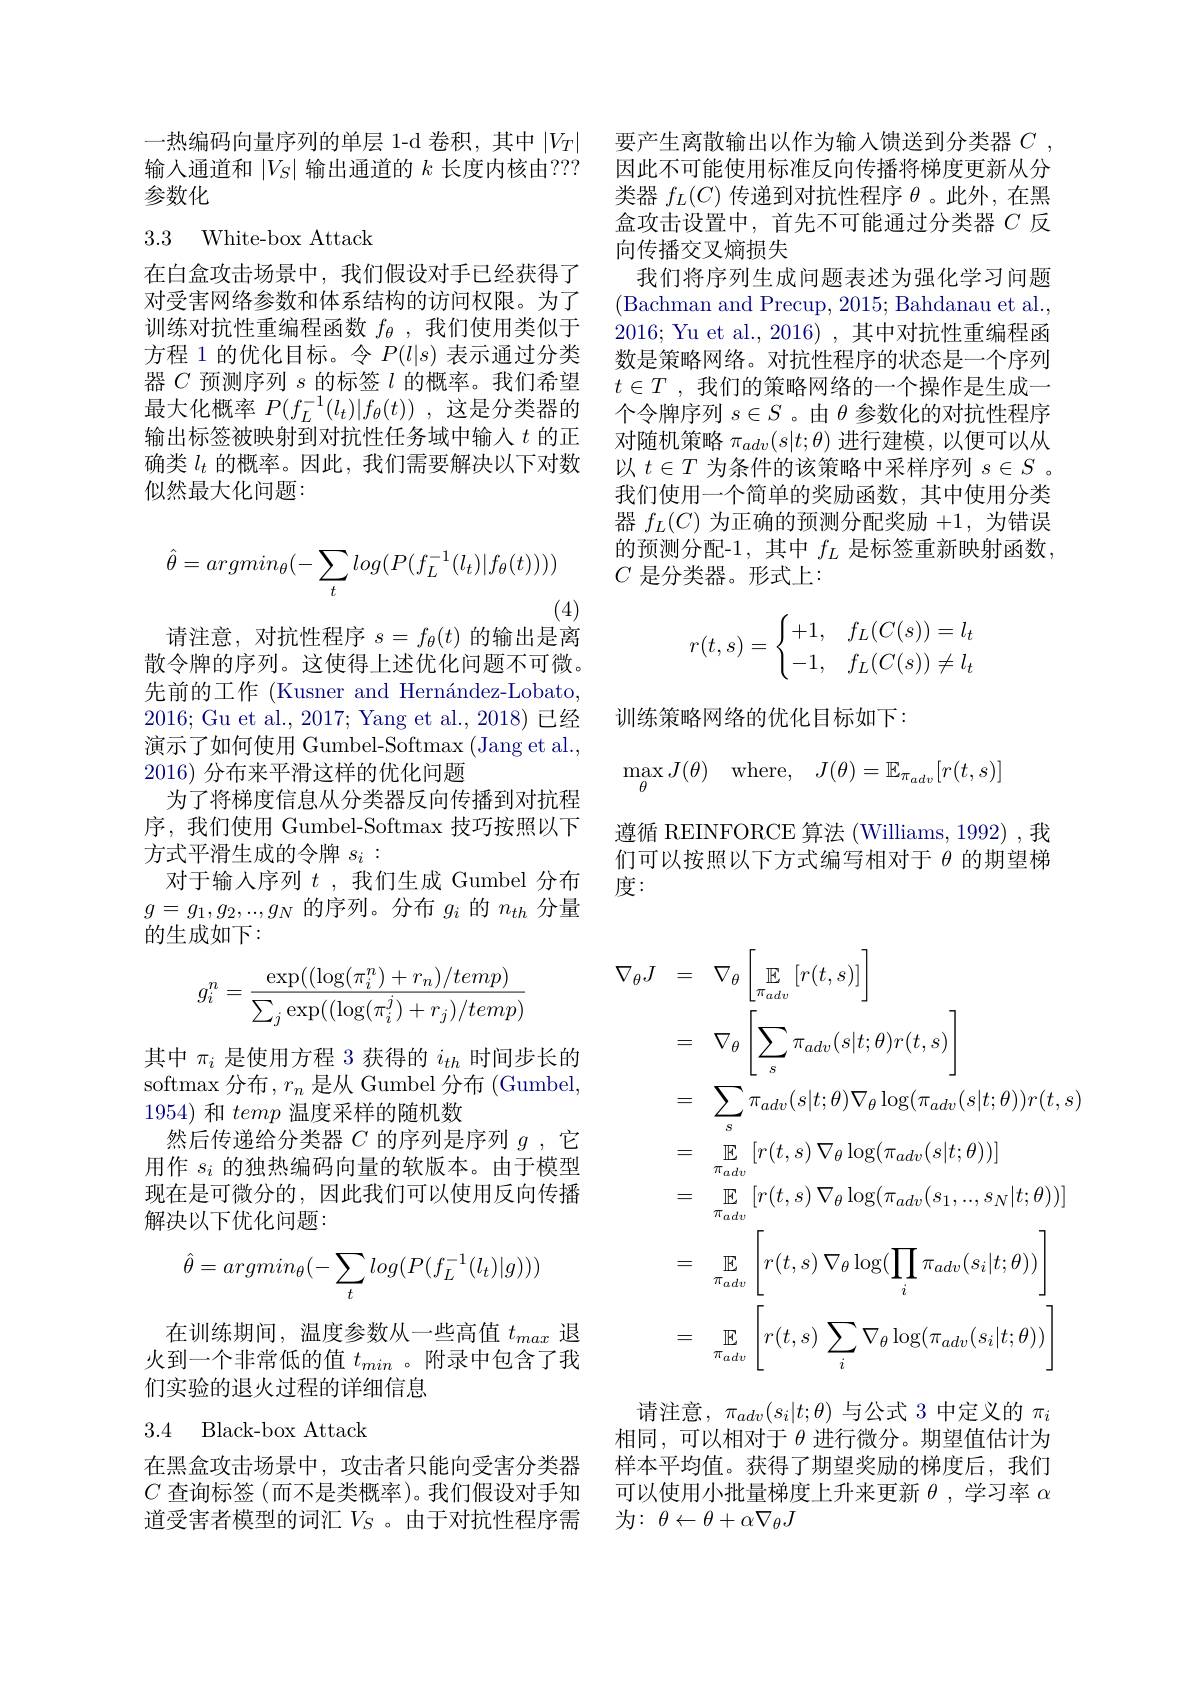
一热编码向量序列的单层 1-d 卷积，其中$|V_T|$ 输入通道和$|V_S|$输出通道的$k$长度内核由？?? 参数化

## 3.3 White-box Attack

在白盒攻击场景中，我们假设对手已经获得了对受害网络参数和体系结构的访问权限。为了训练对抗性重编程函数$f_\mathrm{\theta}$ ,我们使用类似于方程 1 的优化目标。令$P(l|s)$表示通过分类器$C$预测序列$s$的标签$l$的概率。我们希望最大化概率$P(f_L^{-1}(l_t)|f_\theta(t))$ ,这是分类器的输出标签被映射到对抗性任务域中输入$t$的正确类$l_t$的概率。因此，我们需要解决以下对数似然最大化问题：
$$\hat{\theta}=argmin_\theta(-\sum_tlog(P(f_L^{-1}(l_t)|f_\theta(t))))$$
(4)
请注意，对抗性程序$s=f_\theta(t)$的输出是离

散令牌的序列。这使得上述优化问题不可微。先前的工作 (Kusner and Hernández-Lobato. 2016;Gu et al., 2017; Yang et al., 2018)已经演示了如何使用 Gumbel-Softmax (Jang et al., 2016)分布来平滑这样的优化问题
为了将梯度信息从分类器反向传播到对抗程序，我们使用 Gumbel-Softmax 技巧按照以下方式平滑生成的令牌$s_i:$
对于输入序列$t$ ,我们生成 Gumbel 分布$g=g_1,g_2,..,g_N$的序列。分布$g_i$的$n_th$分量的生成如下：
$$g_i^n=\frac{\exp((\log(\pi_i^n)+r_n)/temp)}{\sum_j\exp((\log(\pi_i^j)+r_j)/temp)}$$
其中$\pi_i$是使用方程 3 获得的$i_th$时间步长的softmax 分布，$r_n$是从 Gumbel 分布 (Gumbel, 1954) 和temp温度采样的随机数
然后传递给分类器$C$的序列是序列$g$ ,它用作$s_i$的独热编码向量的软版本。由于模型现在是可微分的，因此我们可以使用反向传播解决以下优化问题：
$$\hat{\theta}=argmin_\theta(-\sum_tlog(P(f_L^{-1}(l_t)|g)))$$
在训练期间，温度参数从一些高值$t_{max}$退

火到一个非常低的值$t_{min}$ 。附录中包含了我
们实验的退火过程的详细信息

3.4 Black-box Attack

在黑盒攻击场景中，攻击者只能向受害分类器道受害者模型的词汇$V_S$ 。由于对抗性程序需

要产生离散输出以作为输入馈送到分类器$C$ , 因此不可能使用标准反向传播将梯度更新从分类器$f_L(C)$传递到对抗性程序$\theta$ 。此外，在黑盒攻击设置中，首先不可能通过分类器$C$反向传播交叉熵损失
我们将序列生成问题表述为强化学习问题(Bachman and Precup, 2015; Bahdanau et al., 2016; Yu et al., 2016) , 其中对抗性重编程函数是策略网络。对抗性程序的状态是一个序列$t\in T$ ,我们的策略网络的一个操作是生成一个令牌序列$s\in S$ 。由$\theta$参数化的对抗性程序对随机策略$\pi_{adv}(s|t;\theta)$进行建模，以便可以从以$t\in T$为条件的该策略中采样序列$s\in S$ 。我们使用一个简单的奖励函数，其中使用分类器$f_L(C)$为正确的预测分配奖励+1,为错误的预测分配-1,其中$f_L$是标签重新映射函数， $C$是分类器。形式上：
$$r(t,s)=\begin{cases}+1,&f_L(C(s))=l_t\\-1,&f_L(C(s))\neq l_t\end{cases}$$
训练策略网络的优化目标如下：
$$\max\limits_{\theta}J(\theta)\quad\text{where},\quad J(\theta)=\mathbb{E}_{\pi_{adv}}[r(t,s)]$$
遵循 REINFORCE 算法 (Williams, 1992) ,我们可以按照以下方式编写相对于$\theta$的期望梯度：
$$\begin{aligned}\nabla_{\theta}J&=\quad\nabla_{\theta}\left[\mathbb{E}_{\sigma_{adv}}\left[r(t,s)\right]\right]\\&=\quad\nabla_{\theta}\left[\sum_{s}\pi_{adv}(s|t;\theta)r(t,s)\right]\\&=\quad\sum_{s}\pi_{adv}(s|t;\theta)\nabla_{\theta}\log(\pi_{adv}(s|t;\theta))r(t,s)\\&=\quad\mathbb{E}_{\pi_{adv}}\left[r(t,s)\:\nabla_{\theta}\log(\pi_{adv}(s|t;\theta))\right]\\&=\quad\mathbb{E}_{\pi_{adv}}\left[r(t,s)\:\nabla_{\theta}\log(\pi_{adv}(s_{1},..,s_{N}|t;\theta))\right]\\&=\quad\mathbb{E}_{\pi_{adv}}\left[r(t,s)\:\nabla_{\theta}\log(\prod_{i}\pi_{adv}(s_{i}|t;\theta))\right]\\&=\quad\mathbb{E}_{\pi_{adv}}\left[r(t,s)\:\sum_{i}\nabla_{\theta}\log(\pi_{adv}(s_{i}|t;\theta))\right]\end{aligned}$$
请注意，$\pi_adv(s_i|t;\theta)$与公式 3 中定义的$\pi_i$ 相同，可以相对于$\theta$进行微分。期望值估计为样本平均值。获得了期望奖励的梯度后，我们

$C$查询标签 (而不是类概率)。我们假设对手知 可以使用小批量梯度上升来更新$\theta$,学习率$\alpha$
为：$\theta\leftarrow\theta+\alpha\nabla_\theta J$